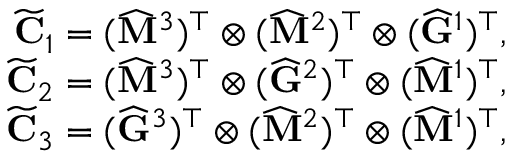
\begin{array} { r } { \widetilde { \mathbf { C } } _ { 1 } = ( \widehat { \mathbf { M } } ^ { 3 } ) ^ { \top } \otimes ( \widehat { \mathbf { M } } ^ { 2 } ) ^ { \top } \otimes ( \widehat { \mathbf { G } } ^ { 1 } ) ^ { \top } , } \\ { \widetilde { \mathbf { C } } _ { 2 } = ( \widehat { \mathbf { M } } ^ { 3 } ) ^ { \top } \otimes ( \widehat { \mathbf { G } } ^ { 2 } ) ^ { \top } \otimes ( \widehat { \mathbf { M } } ^ { 1 } ) ^ { \top } , } \\ { \widetilde { \mathbf { C } } _ { 3 } = ( \widehat { \mathbf { G } } ^ { 3 } ) ^ { \top } \otimes ( \widehat { \mathbf { M } } ^ { 2 } ) ^ { \top } \otimes ( \widehat { \mathbf { M } } ^ { 1 } ) ^ { \top } , } \end{array}